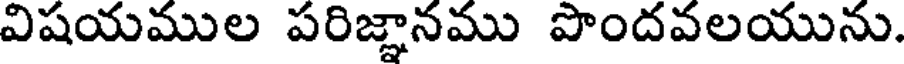
విషయముల పరిజ్ఞానము పొందవలయును.